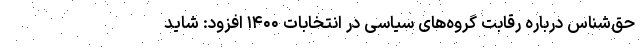
حق‌شناس درباره رقابت گروه‌های سیاسی در انتخابات ۱۴۰۰ افزود: شاید